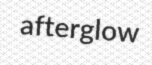
afterglow